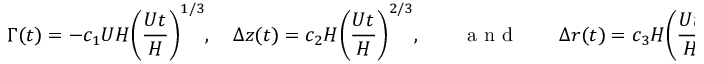
\Gamma ( t ) = - c _ { 1 } U H \bigg ( \frac { U t } { H } \bigg ) ^ { 1 / 3 } , \quad \Delta z ( t ) = c _ { 2 } H \bigg ( \frac { U t } { H } \bigg ) ^ { 2 / 3 } , \mathrm { ~ ~ ~ ~ ~ ~ ~ a ~ n ~ d ~ ~ ~ ~ ~ ~ ~ } \Delta r ( t ) = c _ { 3 } H \bigg ( \frac { U t } { H } \bigg ) ^ { 2 / 3 } ,